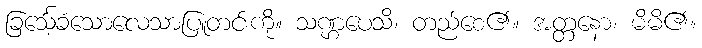
ခြင်္သေ့ခံသောလေသာပြူတင်းကို။ သဏ္ဌပေသိ၊ တည်စေ၏။ အတ္တနော၊ မိမိ၏။